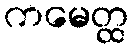
ကမေတ္ထ